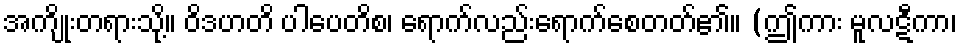
အကျိုးတရားသို့။ ဝိဒဟတိ ပါပေတိစ၊ ရောက်လည်းရောက်စေတတ်၏။ (ဤကား မူလဋီကာ၊